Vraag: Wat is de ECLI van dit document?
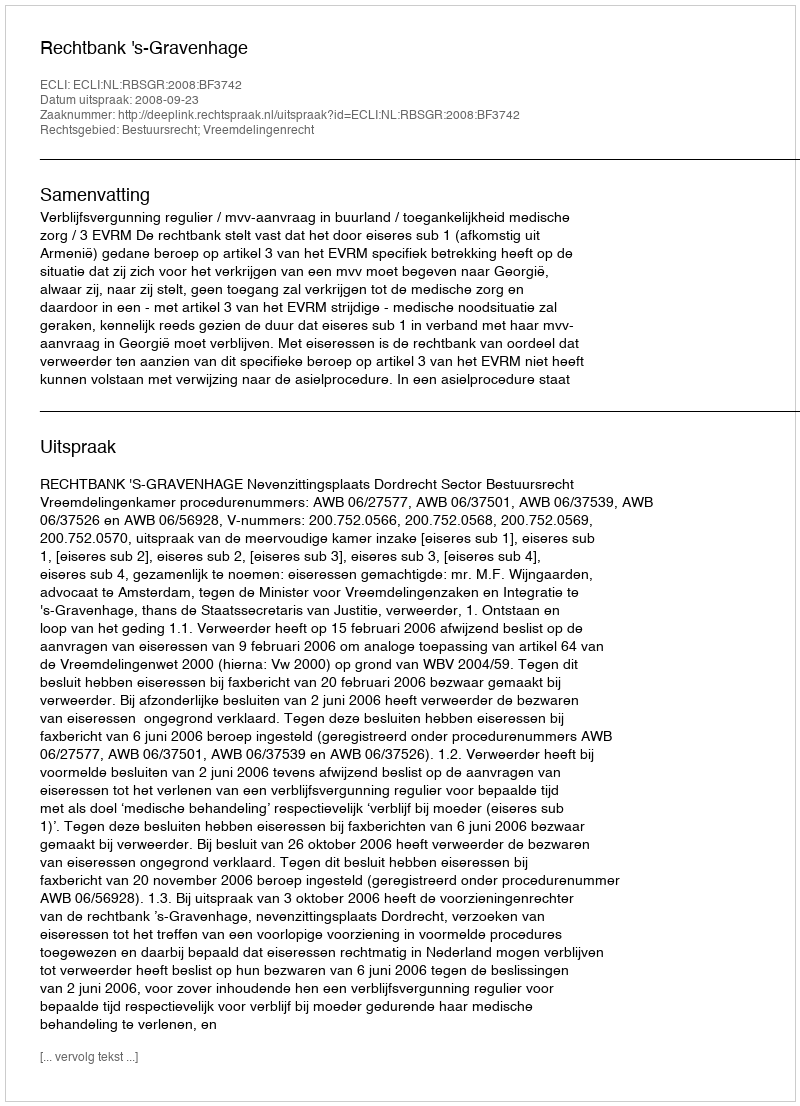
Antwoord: ECLI:NL:RBSGR:2008:BF3742